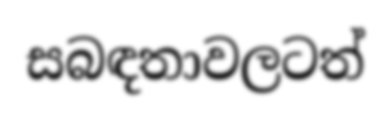
සබඳතාවලටත්